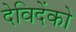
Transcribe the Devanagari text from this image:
देविदेंको